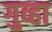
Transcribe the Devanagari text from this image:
गुव्हा